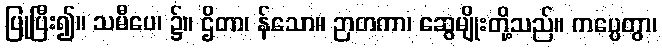
ပြုပြီး၍။ သမီပေ၊ ၌။ ဌိတာ၊ န်သော။ ဉာတကာ၊ ဆွေမျိုးတို့သည်။ ကပ္ပေတွာ၊